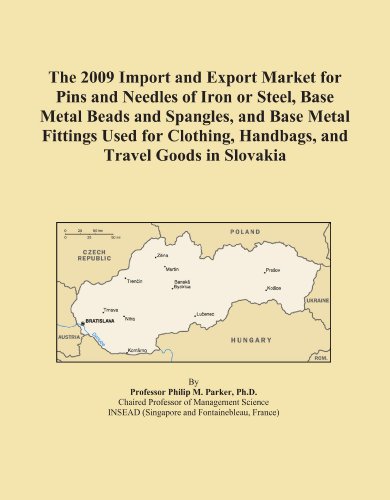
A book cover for The 2009 Import and Export Market for Pins and Needles of Iron or Steel, Base Metal Beads and Spangles, and Base Metal Fittings Used for Clothing, Handbags, and Travel Goods in Slovakia; Icon Group International; Travel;